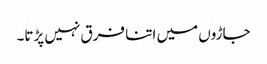
جاڑوں میں اتنا فرق نہیں پڑتا۔